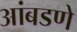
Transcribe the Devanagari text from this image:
आंबडणे